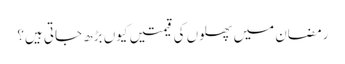
رمضان میں پھلوں کی قیمتیں کیوں بڑھ جاتی ہیں؟